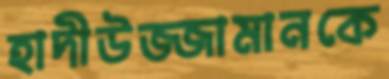
হাদীউজ্জামানকে